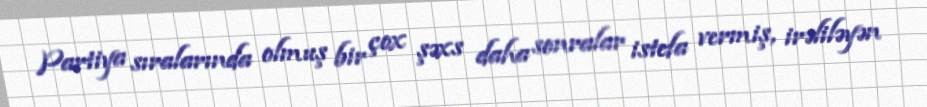
Partiya sıralarında olmuş bir çox şəxs daha sonralar istefa vermiş, irəliləyən